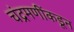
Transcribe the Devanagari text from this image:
चंद्रमणींकडून